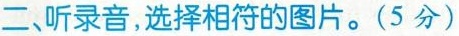
二、听录音，选择相符的图片。(5分)